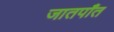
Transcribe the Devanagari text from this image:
जातपाँत